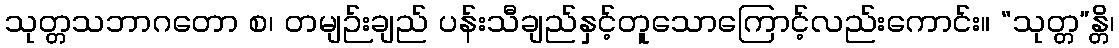
သုတ္တသဘာဂတော စ၊ တမျဉ်းချည် ပန်းသီချည်နှင့်တူသောကြောင့်လည်းကောင်း။ “သုတ္တ”န္တိ၊